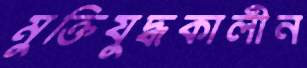
মুক্তিযুদ্ধকালীন